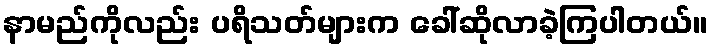
နာမည်ကိုလည်း ပရိသတ်များက ခေါ်ဆိုလာခဲ့ကြပါတယ်။